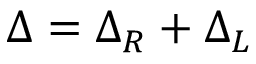
\Delta = \Delta _ { R } + \Delta _ { L }